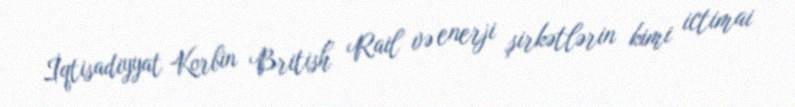
İqtisadiyyat Korbin British Rail və enerji şirkətlərin kimi ictimai